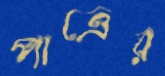
পাত্রের